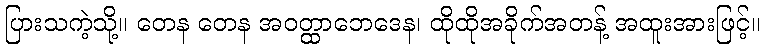
ပြားသကဲ့သို့။ တေန တေန အဝတ္ထာဘေဒေန၊ ထိုထိုအခိုက်အတန့် အထူးအားဖြင့်။